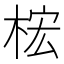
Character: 𱣢